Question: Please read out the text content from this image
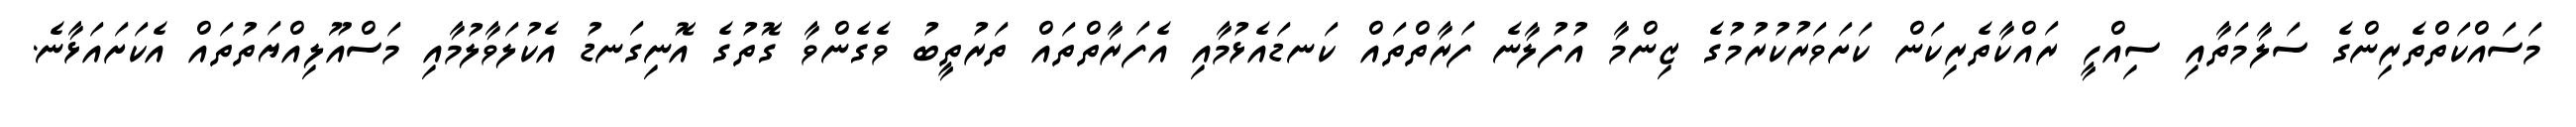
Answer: މަސައްކަތްތެރިންގެ ސަލާމަތާއި ސިއްހީ ރައްކާތެރިކަން ކަށަވަރުކުރުމުގެ ޒިންމާ އުފުލާނެ ފަރާތްތައް ކަނޑައެޅުމާއި އެފަރާތްތައް ތަރުތީބު ވެގެންވާ ގޮތުގެ އޮނިގަނޑު އެކުލަވާލުމާއި މަސްއޫލިއްޔަތުތައް އެކަށައަޅާނެ.